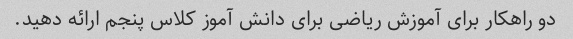
دو راهکار برای آموزش ریاضی برای دانش آموز کلاس پنجم ارائه دهید.